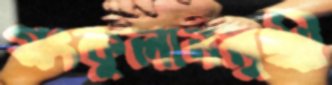
সংকুলানমুখী